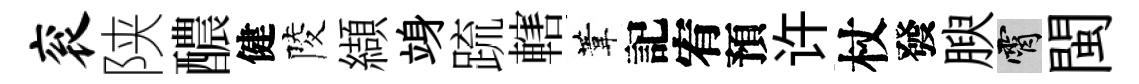
衮陕醲健陵纈竧䟽轄葦記宥預许杖發腴霄閩